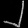
Digit: ၂